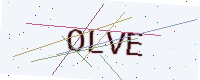
Text: OLVE